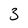
Character: 3